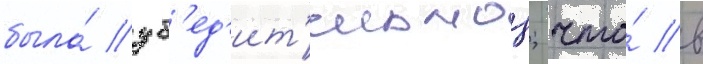
была́ уб'ед'ит'ельнои; что́ в